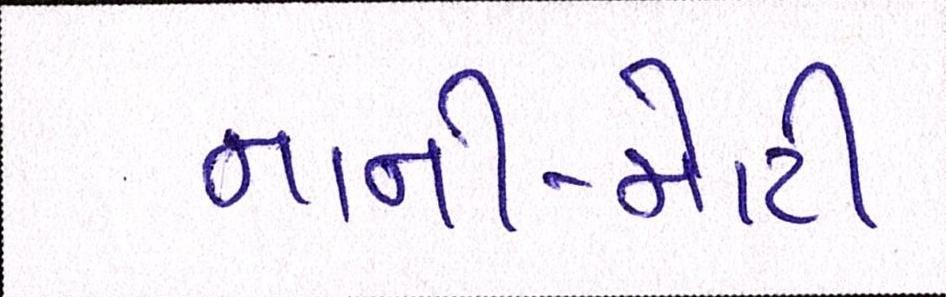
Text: નાની-મોટી